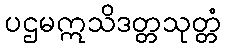
ပဌမဣသိဒတ္တသုတ္တံ